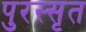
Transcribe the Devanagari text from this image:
पुरस्सृत